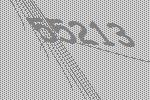
55213